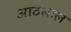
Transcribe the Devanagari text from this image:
आठसाल